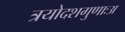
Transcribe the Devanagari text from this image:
त्रयोदशगुणाःअ